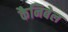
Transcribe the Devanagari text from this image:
कैनिबेल